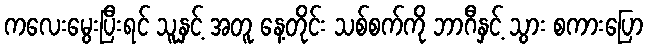
ကလေးမွေးပြီးရင် သူနှင့် အတူ နေ့တိုင်း သစ်စက်ကို ဘာဂီနှင့် သွား စကားပြော